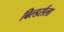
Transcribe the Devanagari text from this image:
बिल्डर्सला